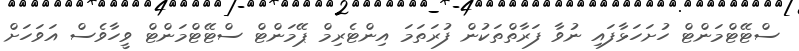
ސްޓޭޓްމަންޓް ހުށަހަޅާފައި ނުވާ ފަރާތްތަކުން ފުރަތަމަ އިންޓެރިމް ޕޭމަންޓް ސްޓޭޓްމަންޓް ވީހާވެސް އަވަހަށް